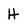
Character: H